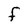
Character: F